Medical and sanitary report on the native army of Bombay for the year
Year: 1877
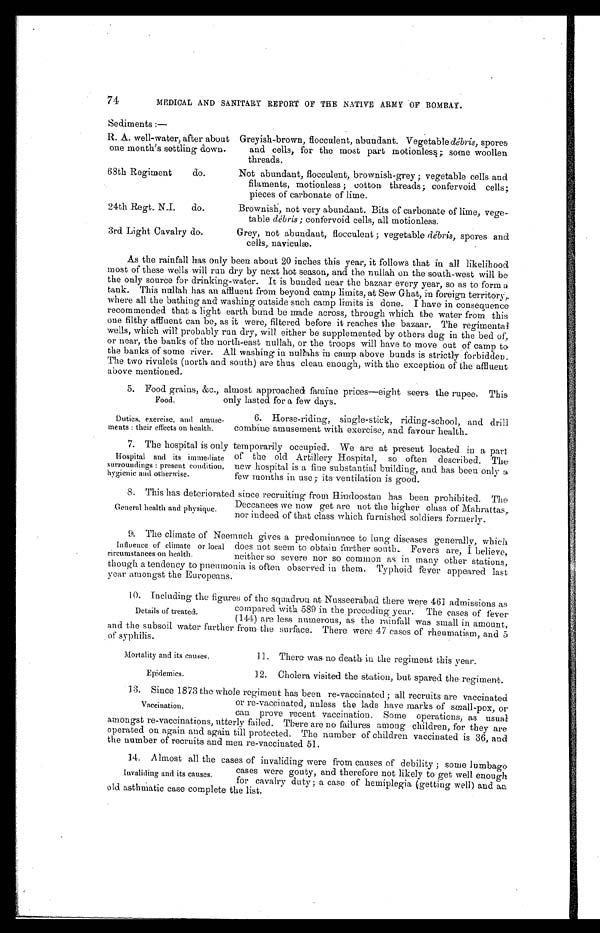
74
MEDICAL AND SANITARY REPORT OF THE NATIVE ARMY OF BOMBAY.
Sediments :—
R. A. well-water, after about
one month's settling down.
Greyish-brown, flocculent, abundant. Vegetable débris, spores
and cells, for the most part motionless; some woollen
threads.
68th Regiment
do.
Not abundant, flocculent, brownish-grey ; vegetable cells and
filaments, motionless ; cotton threads; confervoid cells;
pieces of carbonate of lime.
24th Regt. N.I.
do.
Brownish, not very abundant. Bits of carbonate of lime, vege
-table débris ; confervoid cells, all motionless.
3rd Light Cavalry do.
Grey, not abundant, flocculent ; vegetable débris, spores and
cells, naviculæ.
As the rainfall has only been about 20 inches this year, it follows that in all likelihood
most of these wells will run dry by next hot season, and the nullah on the south-west will be
the only source for drinking-water. It is bunded near the bazaar every year, so as to form a
tank. This nallah has an affluent from beyond camp limits, at Sew Ghat, in foreign territory,.
where all the bathing and washing outside such camp limits is done. I have in consequence
recommended that a light earth bund be made across, through which the water from this
one filthy affluent can be, as it were, filtered before it reaches the bazaar. The regimental
wells, which will probably run dry, will either be supplemented by others dug in the bed of
or near, the banks of the north-east nullah, or the troops will have to move out of camp to
the banks of some river. All washing in nullahs in camp above bunds is strictly forbidden.
The two rivulets (north and south) are thus clean enough, with the exception of the affluent
above mentioned.
5. Food. grains, &c., almost approached famine prices—eight seers the rupee. This
only lasted for a few days.
Food.
Duties, exercise, and amuse
-ments : their effects on health.
6. Horse-riding, single-stick, riding-school, and drill
combine amusement with exercise, and favour health.
7 . T h e h o s p i t a l i s o n l y t e m p o r a r i l y o c c u p i e d . W e a r e a t p r e s e n t l o c a t e d i n a p a r t
of the old Artillery Hospital, so often described. The
new hospital is a fine substantial building, and has been only a
few months in use; its ventilation is good.
8 . T h i s h a s d e t e r i o r a t e d s i n c e r e c r u i t i n g f r o m H i n d o o s t a n h a s b e e n p r o h i b i t e d . T h e
Deccanees we now get are not the higher class of Mahrattas
nor indeed of that class which furnished soldiers formerly.
9. The climate of Neemuch gives a predominance to lung diseases generally, which
does not seem to obtain further south. Fevers are, I believe,
neither so severe nor so common as in many other stations,
though a tendency to pneumonia is often observed in them. Typhoid fever appeared last
year amongst the Europeans.
10. Including the figures of the squadron at Nusseerabad there-were 461 admissions as
compared with 589 in the preceding year. The cases of fever
(144) are less numerous, as the rainfall was small in amount,
and the subsoil water further from the surface. There were 47 cases of rheumatism, and 5
of syphilis.
Hospital and its immediate
surroundings : present condition,
hygienic and otherwise.
General health and physique.
Influence of climate or local
circumstances on health.
Details of treated.
Mortality and its causes.
Epidemics.
11. Thera was no death in the regiment this year.
12. Cholera visited the station, but spared the regiment.
13. Since 1873 the whole regiment has been re-vaccinated ; all recruits are vaccinated
or re-vaccinated, unless the lads have marks of small-pox, or
can prove recent vaccination. Some operations, as usual
amongst re-vaccinations, utterly failed. There are no failures among children, for they are
operated on again. and again till protected. The number of children vaccinated is 36, and
the number of recruits and men re-vaccinated 51.
1 4 . A l m o s t a l l t h e c a s e s o f i n v a l i d i n g w e r e f r o m c a u s e s o f d e b i l i t y ; s o m e l u m b a g o
cases were gouty, and therefore not likely to get well enough
for cavalry duty ; a case of hemiplegia (getting well) and an
old asthmatic case complete the list.
Vaccination.
Invaliding and its causes.